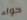
حواء